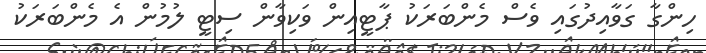
ހިންގާ ގަވާއިދުގައި ވެސް މެންބަރަކު ޕާޓީއިން ވަކިވާން ސިޓީ ލުމުން އެ މެންބަރަކު